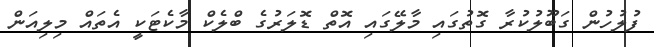
ފުލުހުން ގަބޫލުކުރާ ގޮތުގައި މާލޭގައި އޮތް ޑޮލަރުގެ ބްލެކް މާކެޓަކީ އެތައް މިލިއަން